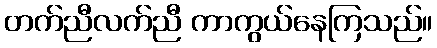
တက်ညီလက်ညီ ကာကွယ်နေကြသည်။